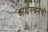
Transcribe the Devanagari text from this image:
अर्थरचनेची